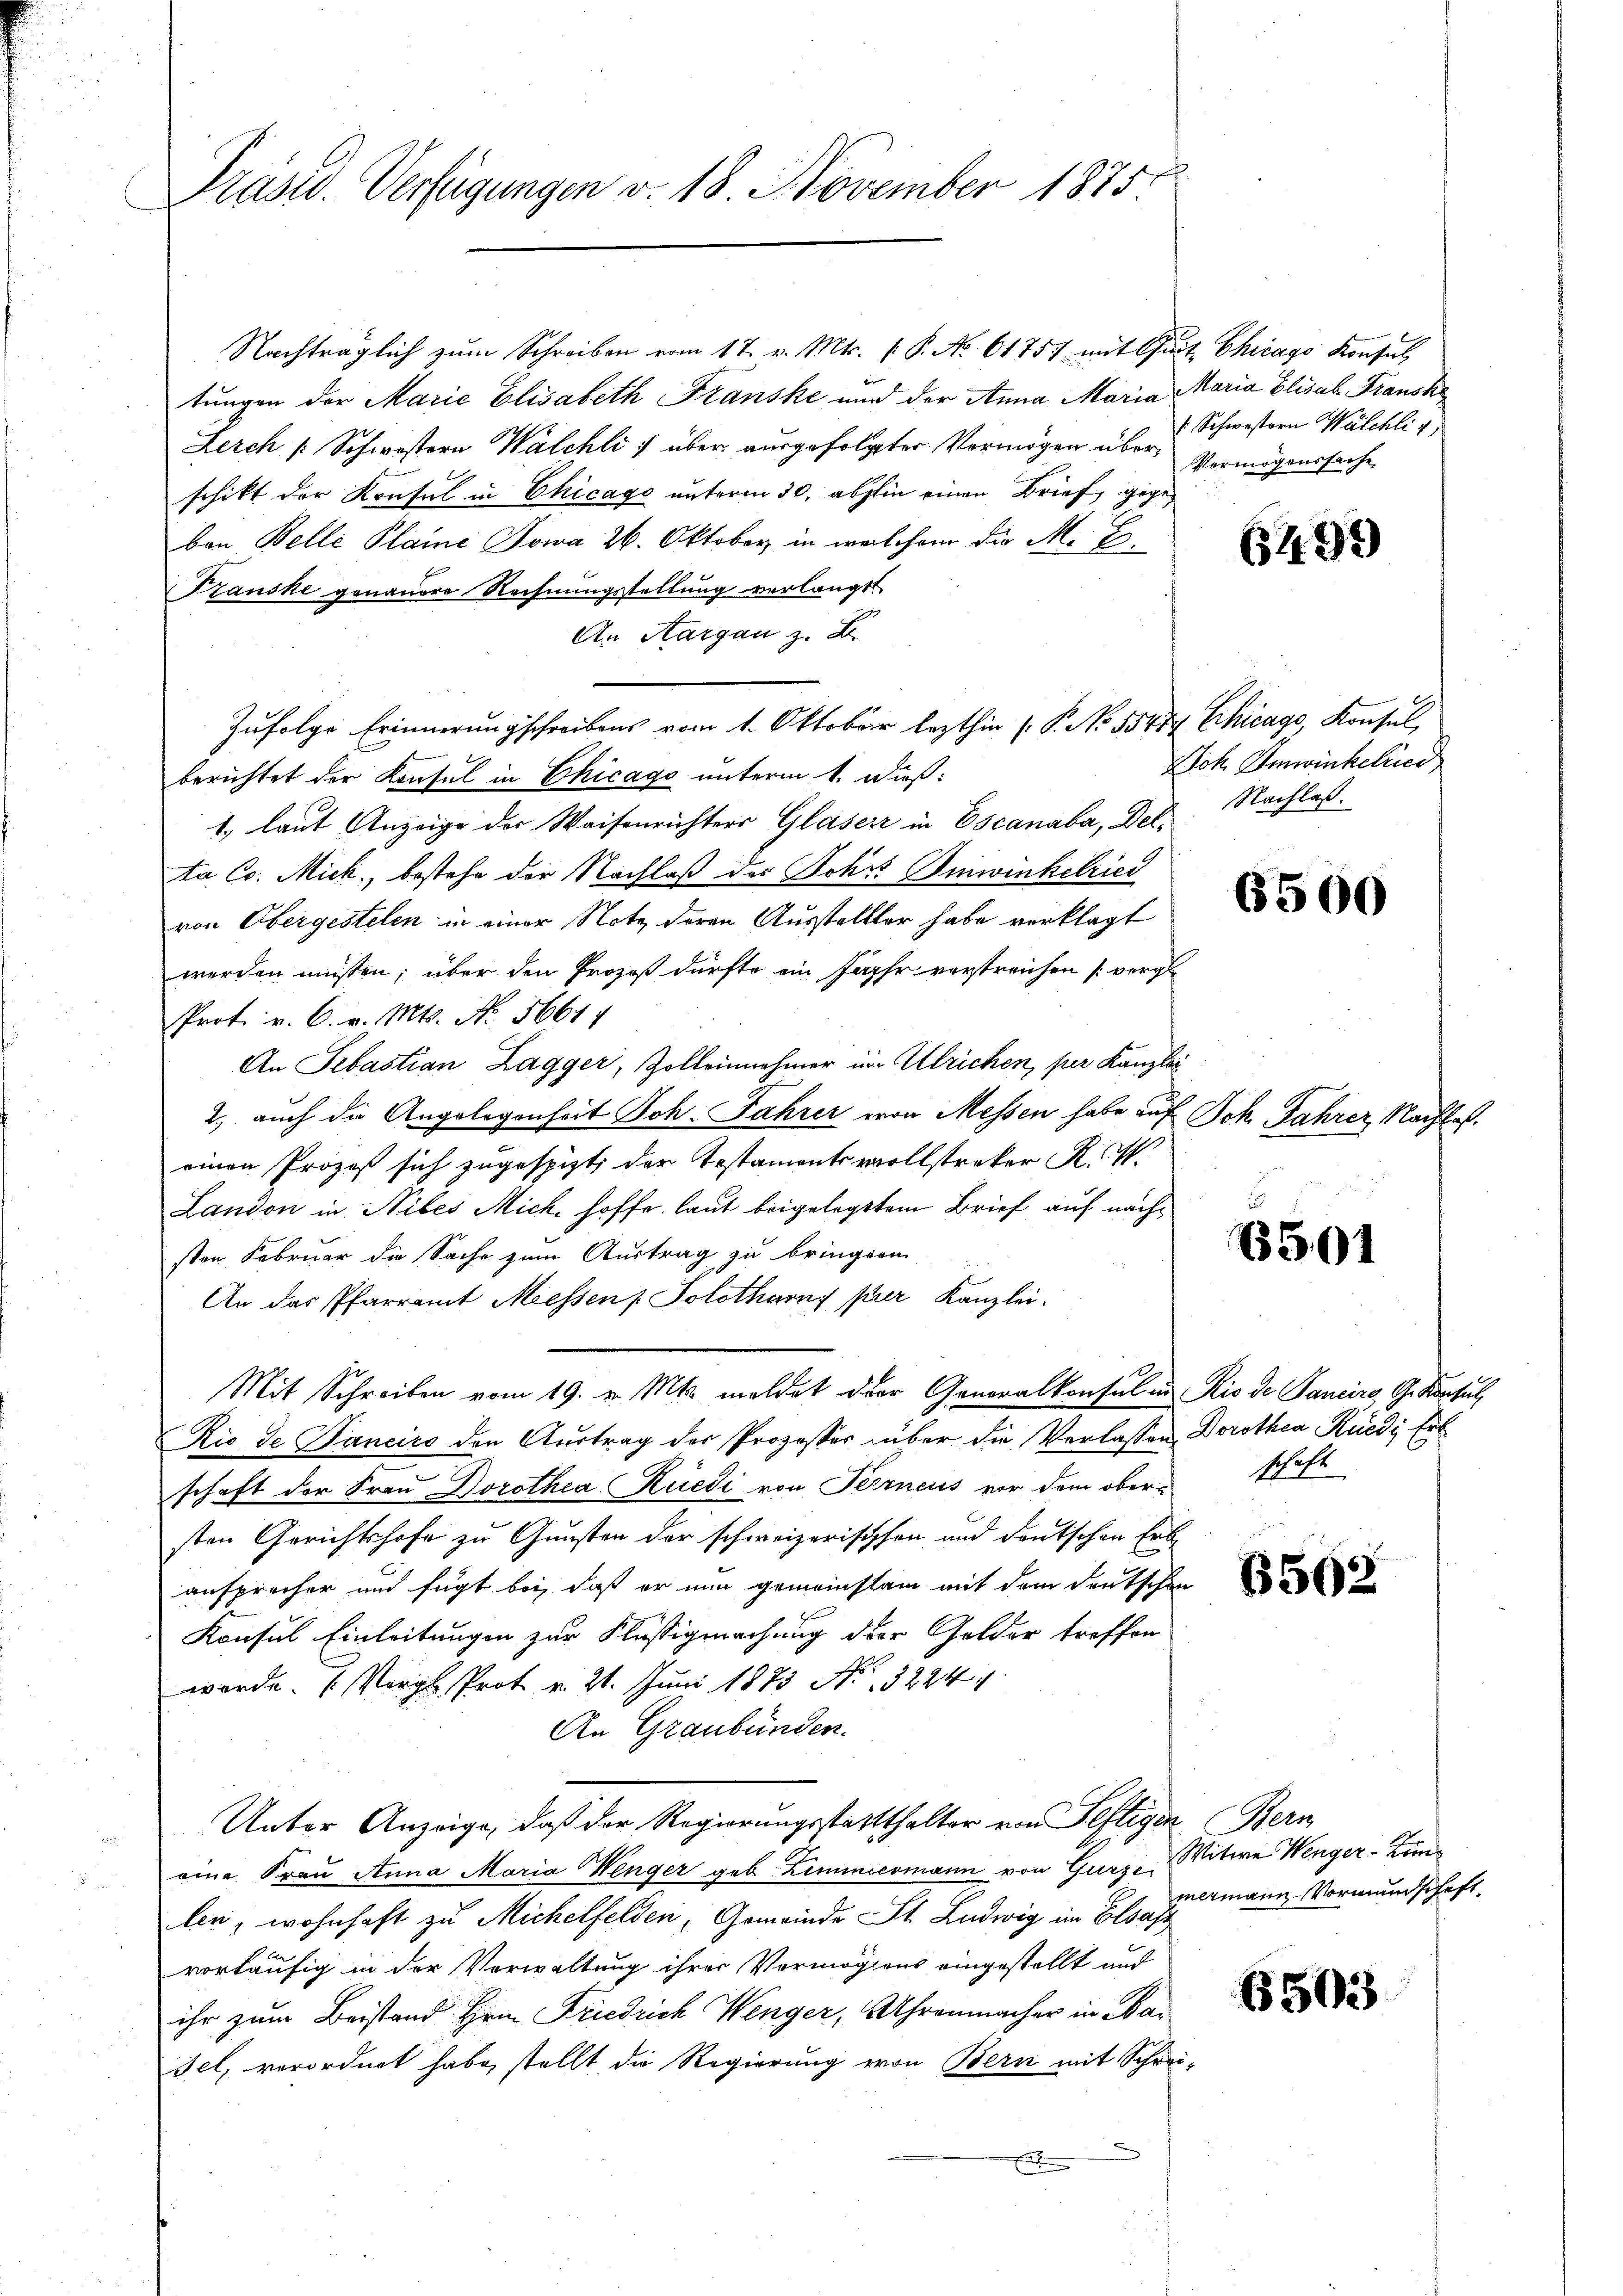
Präsid. Verfügungen v. 18. November 1875

Nachträglich zŭm Schreiben vom 17. v. Mts. f. P. No. 61751 mit Quit Chicago Konsul
tungen der Marie Elisabeth Franske und der Anna Maria
Lerch /: Schwistern Walchli ; über ausgefolgter Vermögen überschikt der Konsul in Chicago unterm 30. abstin einen Brief, gegen
ben Belle Plaine Sowa 26. Oktober in welchem die M. Be¬
Transke genauere Rechnungsstellung verlangt
An Aargau z. B.
Zufolge Erinnerungschreibens vom 1. Oktober lezthin (P. No 55474 Chicago, Konsul
berichtet der Konsul in Chicago unterm 1. Dieß:
1. laut Anzeige der Waisenrichters Gläser in Escanaba, Dela Co. Mick, bestehe der Nachlaß des Johrs Einwinkelried
von Übergestelen in einer Note deren Ausstelller habe verklagt
werden müßten; über den Prozeß dürfte ein Jahr verstreichen [vergl
Prot. v. C. v. Mts. No. 56614
An Sebastian Zagger, Zolleinnehmer im Ulrichen, per Kanzlei
2. auch die Angelegenheit Joh. Fahrer von Messen habe auf
einen Prozeß sich zugespizt, der Testamentsvollstreker K. A.
Landon in Niles Mich hoffe, laut beigelegtem Brief auf nachsten Februar die Sache zum Austrag zu bringen,
An das Pfarramt Messen / Solothurny per Kanzlei.
Mit Schreiben vom 19. v. Mts. meldet der Generalkonsul in
Rio de Pancico den Austrag der Prozesser über die Verlassen Dorothea Rüedi Erl
e
schaft der Frau Dorothea Rüedi von Terneus vor dem obersten Gerichtshofe zu Gunsten der schweizerischen und deutschen Erb-
ansprücher und fügt bei, daß er nun gemeinstain mit dem deutschen
Konsul Einleitungen zur Flüssigmachung der Gelder treffen
werde. (Vergl. Prot v. 21. Juni 1873 No 3224
An Graubünden.
Unter Anzeige, daß der Regierungsstatthalter von Seftiger Bern
eine Frau Anna Maria Wenger geb. Zimmermann von Gurze
len, wohnhaft zu Michelfelden, Gemeinde St. Ludwig im Elsass
vorläufig in der Verwaltung ihrer Vermögens eingestellt und
ihr zum Beistand Hrn. Friedrich Wenger, Uhrenmacher in Nasel, verordnet habe, stellt die Regierung von Bern mit Schre
.

Maria Elisab Transke
/ Schwestern Walchli v
Vermögenssache

6493)

Joh Imwinkelried
Nachlaß.

6500

Ich Jahrer Nachlaß.

6501

Rio de Sancira, G. Konsul
schaft

6502

6503

Witwe Wenger-Kunmermann Vormundschaft.